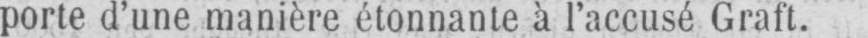
porte d’une manière étonnante à l’accusé Graft.